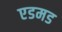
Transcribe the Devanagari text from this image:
एडमड